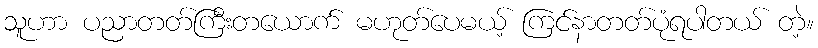
သူဟာ ပညာတတ်ကြီးတယောက် မဟုတ်ပေမယ့် ကြင်နာတတ်ပုံရပါတယ် တဲ့။